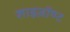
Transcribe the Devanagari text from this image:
शाइज़ॉण्ट